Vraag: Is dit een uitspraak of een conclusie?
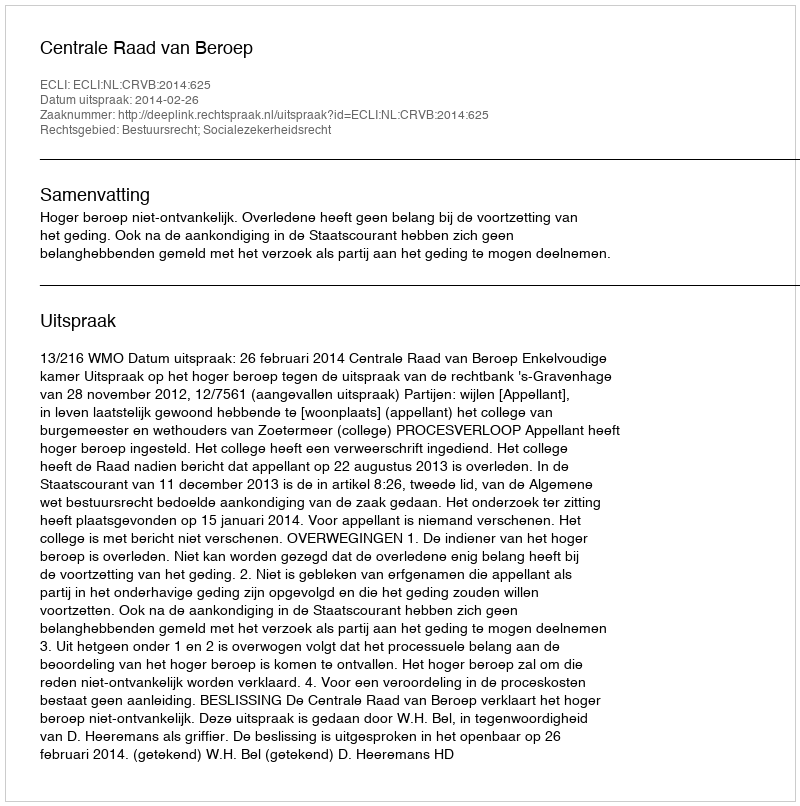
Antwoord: Uitspraak